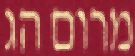
מרום הג